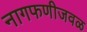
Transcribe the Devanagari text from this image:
नागफणीजवळ